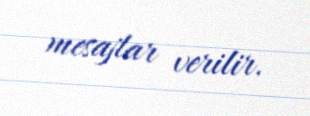
mesajlar verilir.